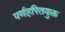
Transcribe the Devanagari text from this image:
पर्णहरितयुक्त